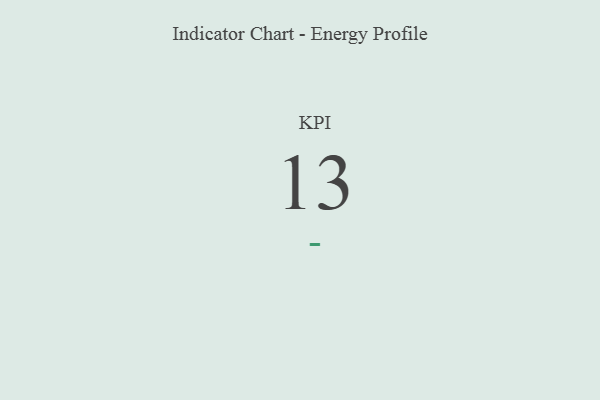
{"axis": {"x": "KPI", "y": "Value"}, "legend": [""], "data": [{"x": "KPI", "y": 13, "type": ""}]}